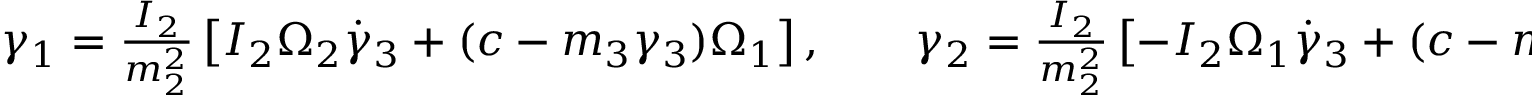
\begin{array} { r } { \gamma _ { 1 } = \frac { I _ { 2 } } { m _ { 2 } ^ { 2 } } \left[ I _ { 2 } \Omega _ { 2 } \dot { \gamma } _ { 3 } + ( c - m _ { 3 } \gamma _ { 3 } ) \Omega _ { 1 } \right] , \qquad \gamma _ { 2 } = \frac { I _ { 2 } } { m _ { 2 } ^ { 2 } } \left[ - I _ { 2 } \Omega _ { 1 } \dot { \gamma } _ { 3 } + ( c - m _ { 3 } \gamma _ { 3 } ) \Omega _ { 2 } \right] . } \end{array}